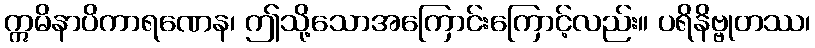
ဣမိနာပိကာရဏေန၊ ဤသို့သောအကြောင်းကြောင့်လည်း။ ပရိနိဗ္ဗုတဿ၊